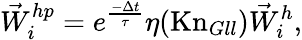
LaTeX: {\vec{W}}_{i}^{hp}=e^{\frac{-\Delta t}{\tau}}\eta(\mathrm{{Kn}}_{Gll}){\vec{W}}_{i}^{h},